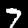
Label: 7